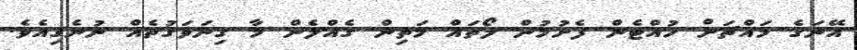
އޭނަގެ މައްޗަށް ހުއްޓެން ފެށުމުން ލޯތައް މަތިން ގެއްލެން މާ ގިނަވަގުތެއް ނުނެގިއެވެ.